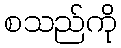
စသည်ကို